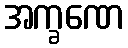
အက္ခဏေ